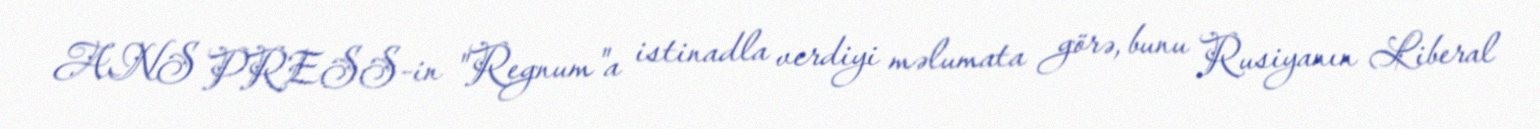
ANS PRESS-in "Regnum"a istinadla verdiyi məlumata görə, bunu Rusiyanın Liberal